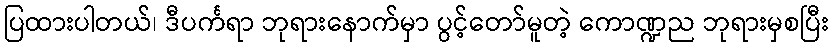
ပြထားပါတယ်၊ ဒီပင်္ကရာ ဘုရားနောက်မှာ ပွင့်တော်မူတဲ့ ကောဏ္ဍည ဘုရားမှစပြီး